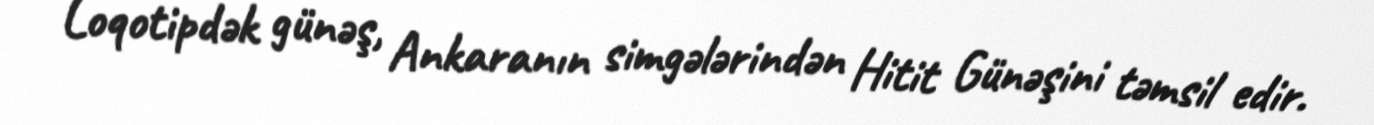
Loqotipdək günəş, Ankaranın simgələrindən Hitit Günəşini təmsil edir.